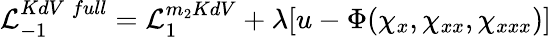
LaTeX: {\cal L}_{-1}^{KdV\; full}={\cal L}_{1}^{m_{2}KdV}+\lambda[u-\Phi(\chi_{x},\chi_{xx},\chi_{xxx})]